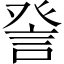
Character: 𧦴